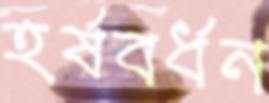
হর্ষবর্ধন